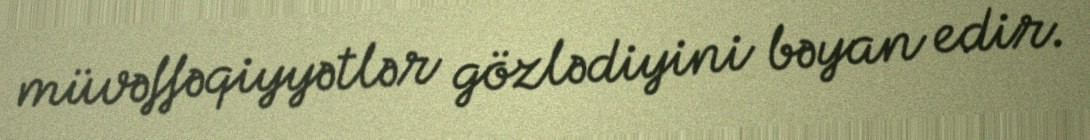
müvəffəqiyyətlər gözlədiyini bəyan edir.